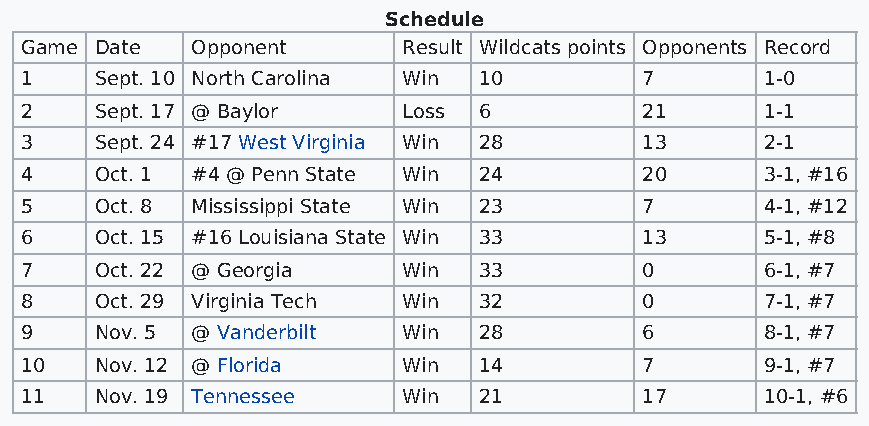
Schedule
 Game Date   Opponent      Result Wildcats points Opponents Record
 1    Sept. 10 North Carolina Win 10       7       1-0
 2    Sept. 17 @ Baylor    Loss 6          21      1-1
 3    Sept. 24 #17 West Virginia Win 28    13      2-1
 4    Oct. 1 #4 @ Penn State Win 24        20      3-1, #16
 5    Oct. 8 Mississippi State Win 23      7       4-1, #12
 6    Oct. 15 #16 Louisiana State Win 33   13      5-1, #8
 7    Oct. 22 @ Georgia    Win  33         0       6-1, #7
 8    Oct. 29 Virginia Tech Win 32         0       7-1, #7
 9    Nov. 5 @ Vanderbilt  Win  28         6       8-1, #7
 10   Nov. 12 @ Florida    Win  14         7       9-1, #7
 11   Nov. 19 Tennessee    Win  21         17      10-1, #6